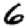
Digit: 6